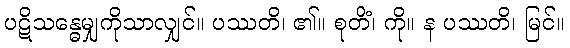
ပဋိသန္ဓေမျှကိုသာလျှင်။ ပဿတိ၊ ၏။ စုတိံ၊ ကို။ န ပဿတိ၊ မြင်။